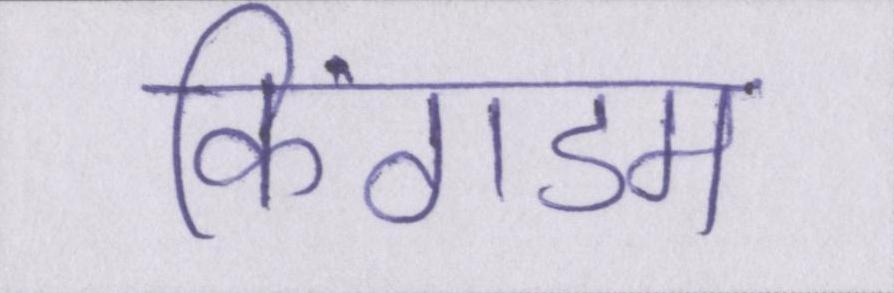
किंगडम